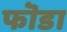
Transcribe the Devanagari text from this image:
फॊडा